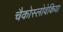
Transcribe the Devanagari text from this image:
चैकोस्लोवेकिया